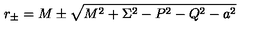
r _ { \pm } = M \pm \sqrt { M ^ { 2 } + \Sigma ^ { 2 } - P ^ { 2 } - Q ^ { 2 } - a ^ { 2 } }